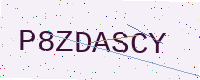
Text: P8ZDASCY